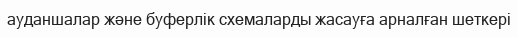
ауданшалар және буферлік схемаларды жасауға арналған шеткері